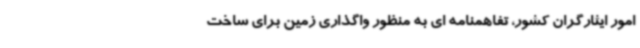
امور ایثارگران کشور، تفاهمنامه ای به منظور واگذاری زمین برای ساخت